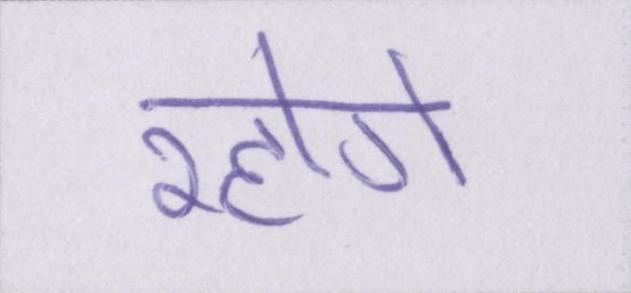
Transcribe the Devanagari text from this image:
रहोगे